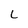
Character: L